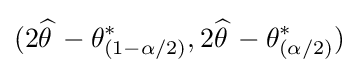
(2{\widehat {\theta \,}}-\theta _{(1-\alpha /2)}^{*},2{\widehat {\theta \,}}-\theta _{(\alpha /2)}^{*})